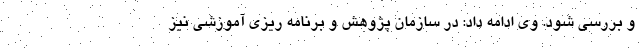
و بررسی شود. وی ادامه داد: در سازمان پژوهش و برنامه ریزی آموزشی نیز